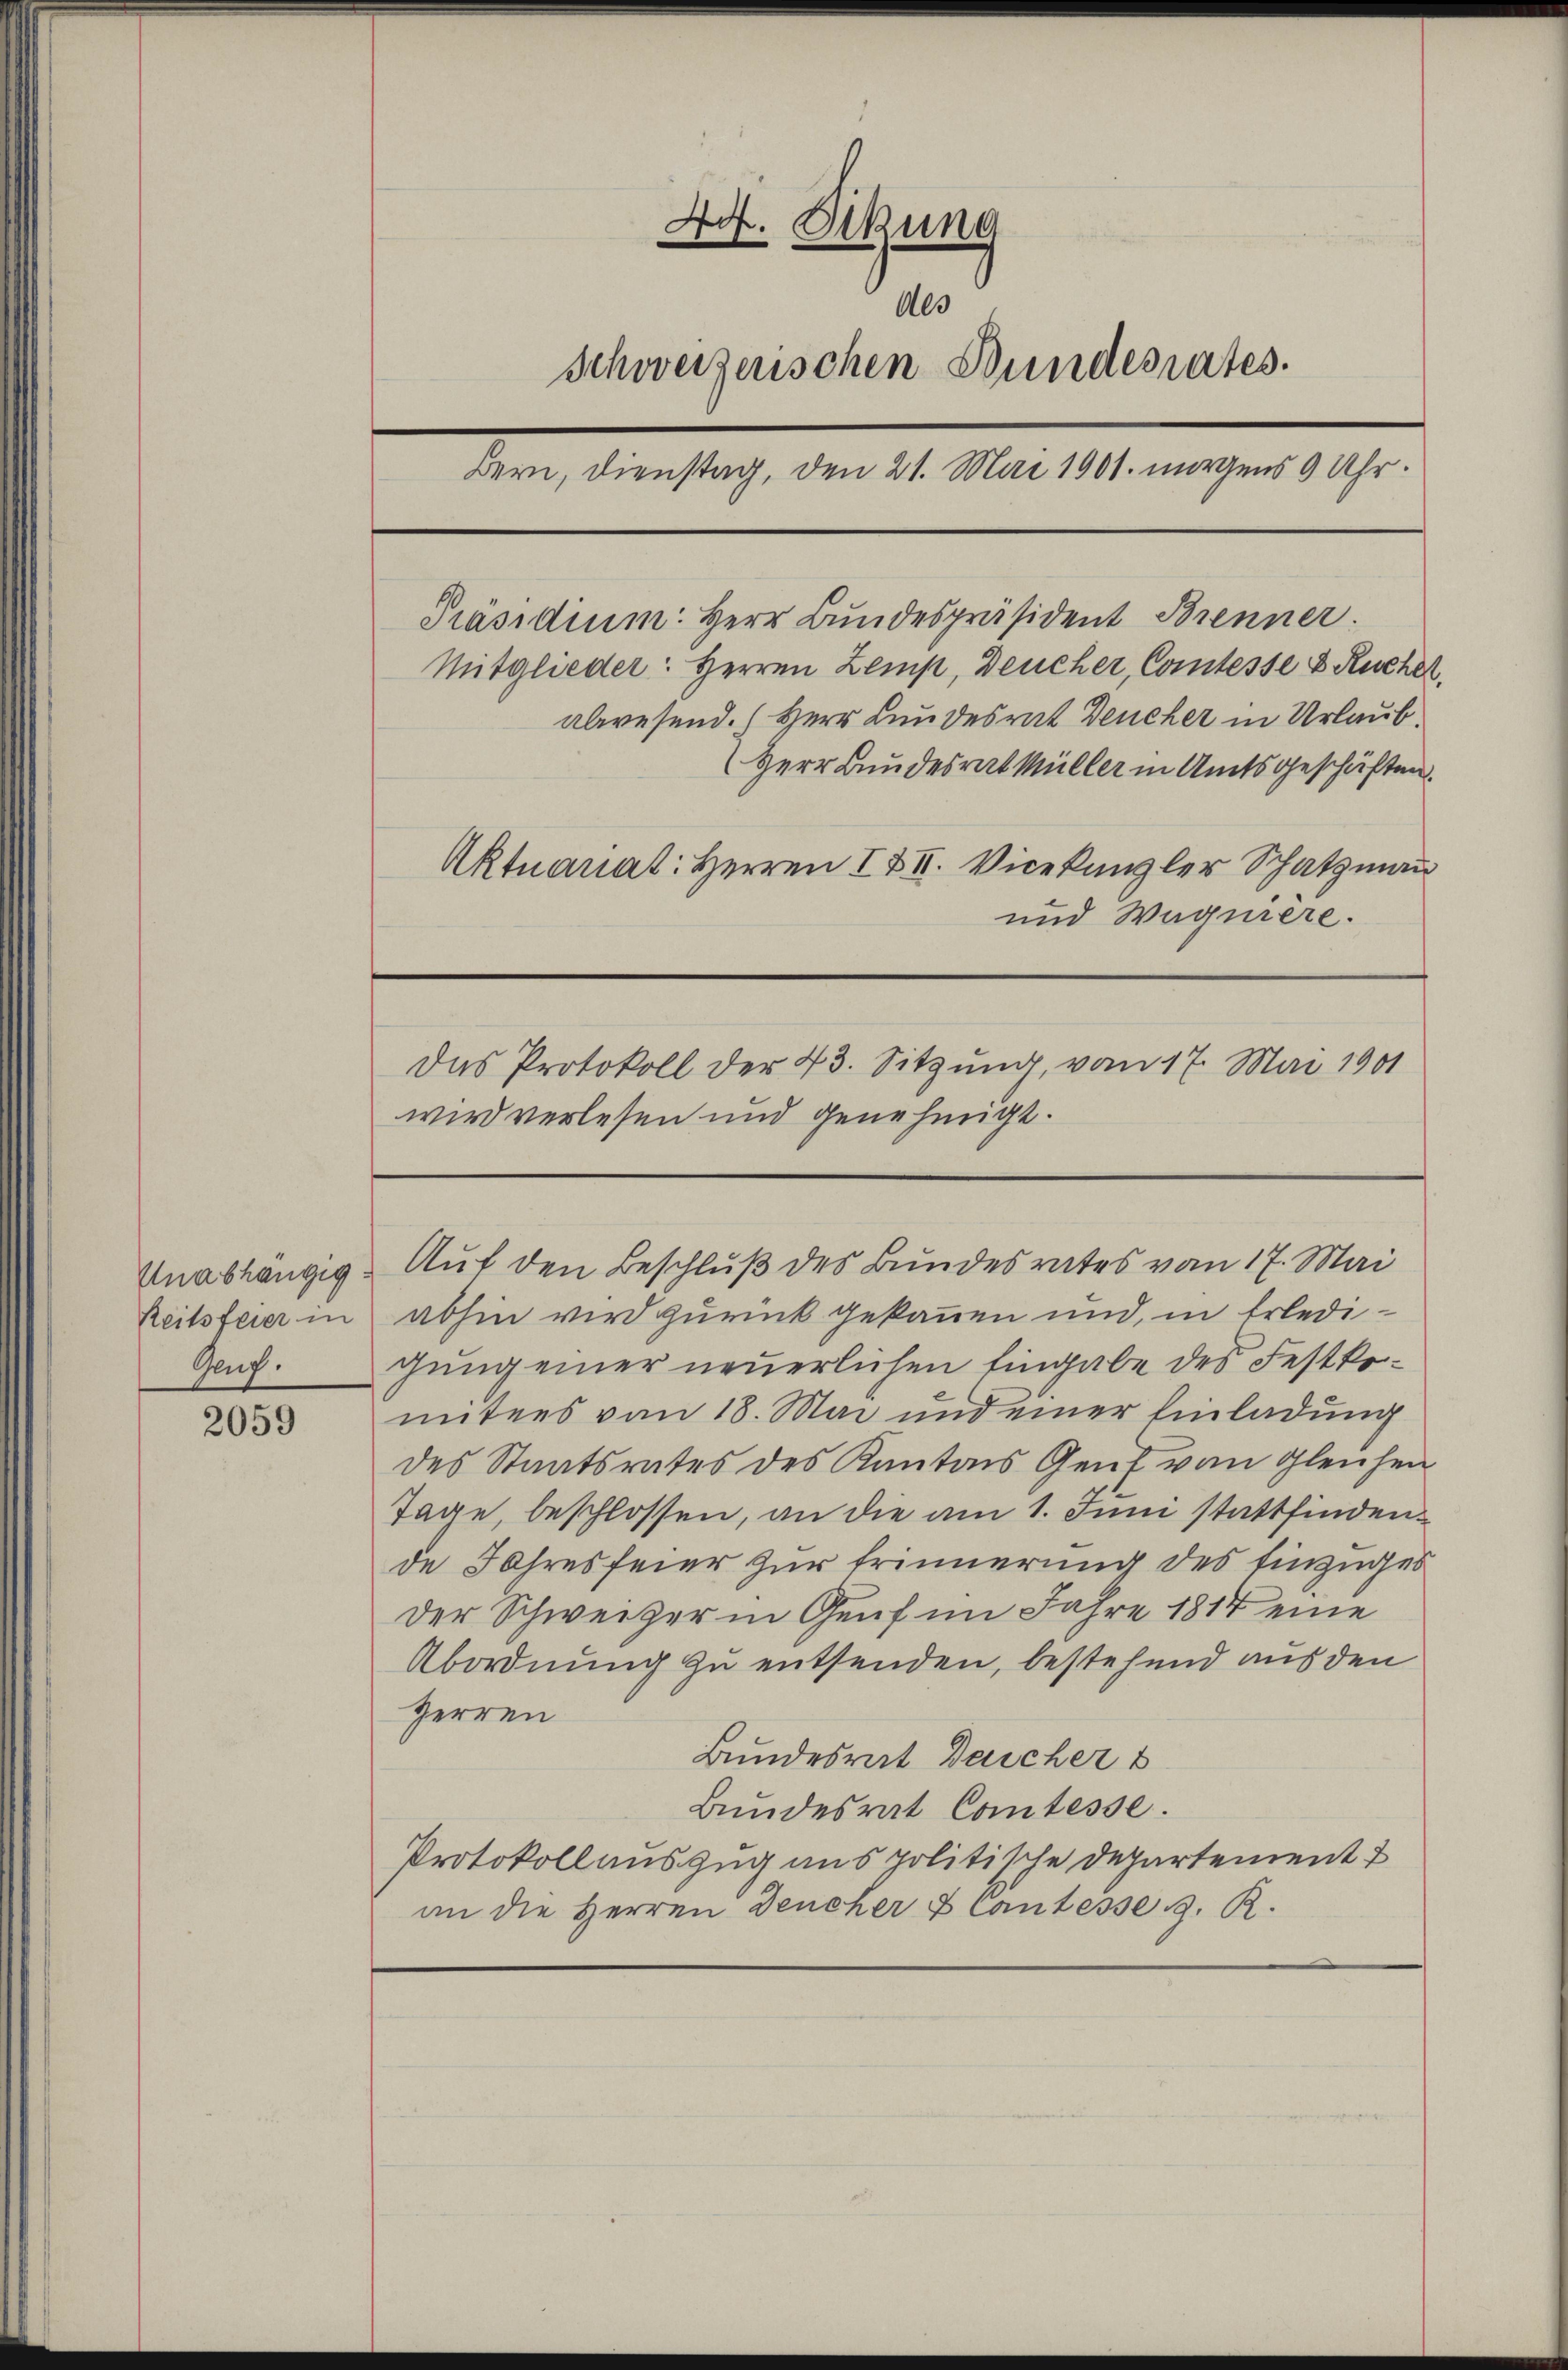
Reitsfeier in
Geug.

2059

40. Sekung
Als
Schweizerischen Bundesrates.
Bern, Dienstag, den 21. Mai 1901. morgens 9 Uhr.
Präsidium. Herr Bundespräsident Brenner.
Mitglieder: Herren Lemp, Deucher, Comtesse & Ruchet.
abwesend. Herr Kundesrat Deucher in Urlaub¬
(Herr Bundesrat Müller in Amtsgeschäften.
Aktuanat: Herren I & II. Vicekanzler Schatzmann
und Wagniere.
Das Protokoll der 43. Sitzung, vom 17. Mai 1901
wird verlesen und genehmigt.

abhin wird zurück gekannen und, in Erledigung einer neuerlichen Eingabe des Festkounters von 18. Mai und einer Einladung
des Staatsrates des Kantons Gent von gleichen
Tage, beschlossen, an die am 1. Juni stattfinden.
de Jahresfeier zur Erinnerung des Einzuges
der Schweizer in Genf im Jahre 1814 eine
Abordnung zu entsenden, bestehend aus den
Herren
Bundesrat Deicher b
Bundesrat Comtesse.
Protokollauszug aus politische Departement
an die Herren Deucher & Cantesse z. R.

Unabhängig. Auf den Beschluß des Bundesrates vom 17. Mai